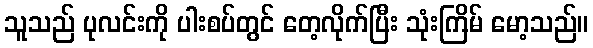
သူသည် ပုလင်းကို ပါးစပ်တွင် တေ့လိုက်ပြီး သုံးကြိမ် မော့သည်။